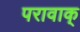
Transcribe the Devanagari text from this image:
परावाक्